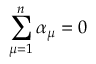
\sum _ { \mu = 1 } ^ { n } \alpha _ { \mu } = 0